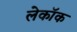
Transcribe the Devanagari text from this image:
लेकॉक